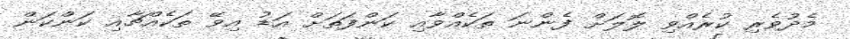
މެދުވެރި ކުރެއްވި ލޮލަށް ފެންނަ ތަކެއްވާއި ކަންފަތަށް އަޑު އިވޭ ތަކެއްޗާއި ކަންކަން